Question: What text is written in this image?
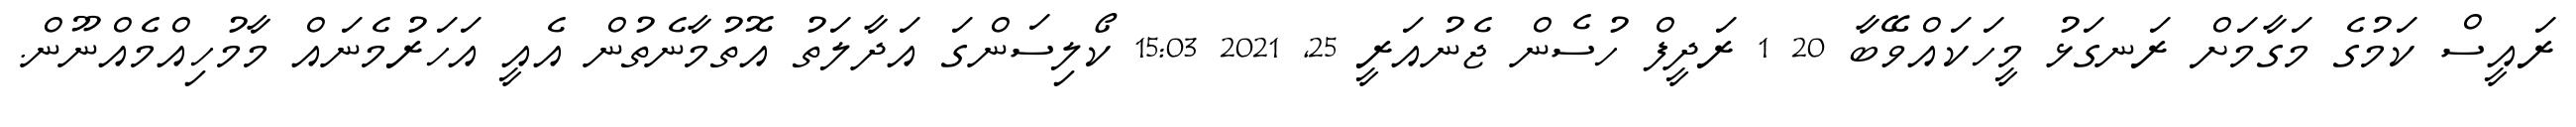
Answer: ރައީސް ކަމުގެ މަގާމަށް ރަނގަޅު މީހަކައްވޭބާ 20 1 ރަދީފް ހުސެން ޖެނުއަރީ 25, 2021 15:03 ކޯލިސަންގަ އަދާލަތު އޮތުމާނެތުން އެއީ އަހަރުމެނައް މާމުހިއްމެއްނޫން.